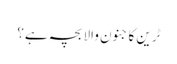
ٹرین کا جنون والا بچہ ہے؟